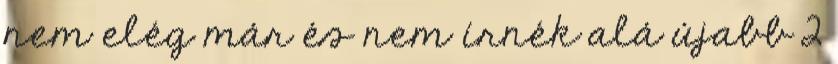
nem elég már és nem írnék alá újabb 2